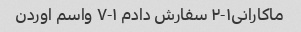
ماکارانی۱-۲ سفارش دادم ۱-۷ واسم اوردن